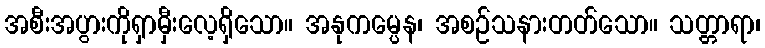
အစီးအပွားကိုရှာမှီးလေ့ရှိသော။ အနုကမ္ပေန၊ အစဉ်သနားတတ်သော။ သတ္တာရာ၊